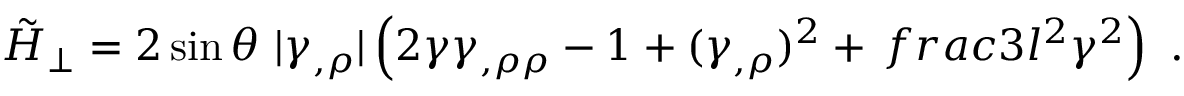
\tilde { { \cal H } } _ { \perp } = 2 \sin \theta \ | \gamma _ { , \rho } | \left( 2 \gamma \gamma _ { , \rho \rho } - 1 + ( \gamma _ { , \rho } ) ^ { 2 } + \, f r a c { 3 } { l ^ { 2 } } \gamma ^ { 2 } \right) \ .